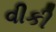
વીકી